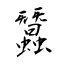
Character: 蠶